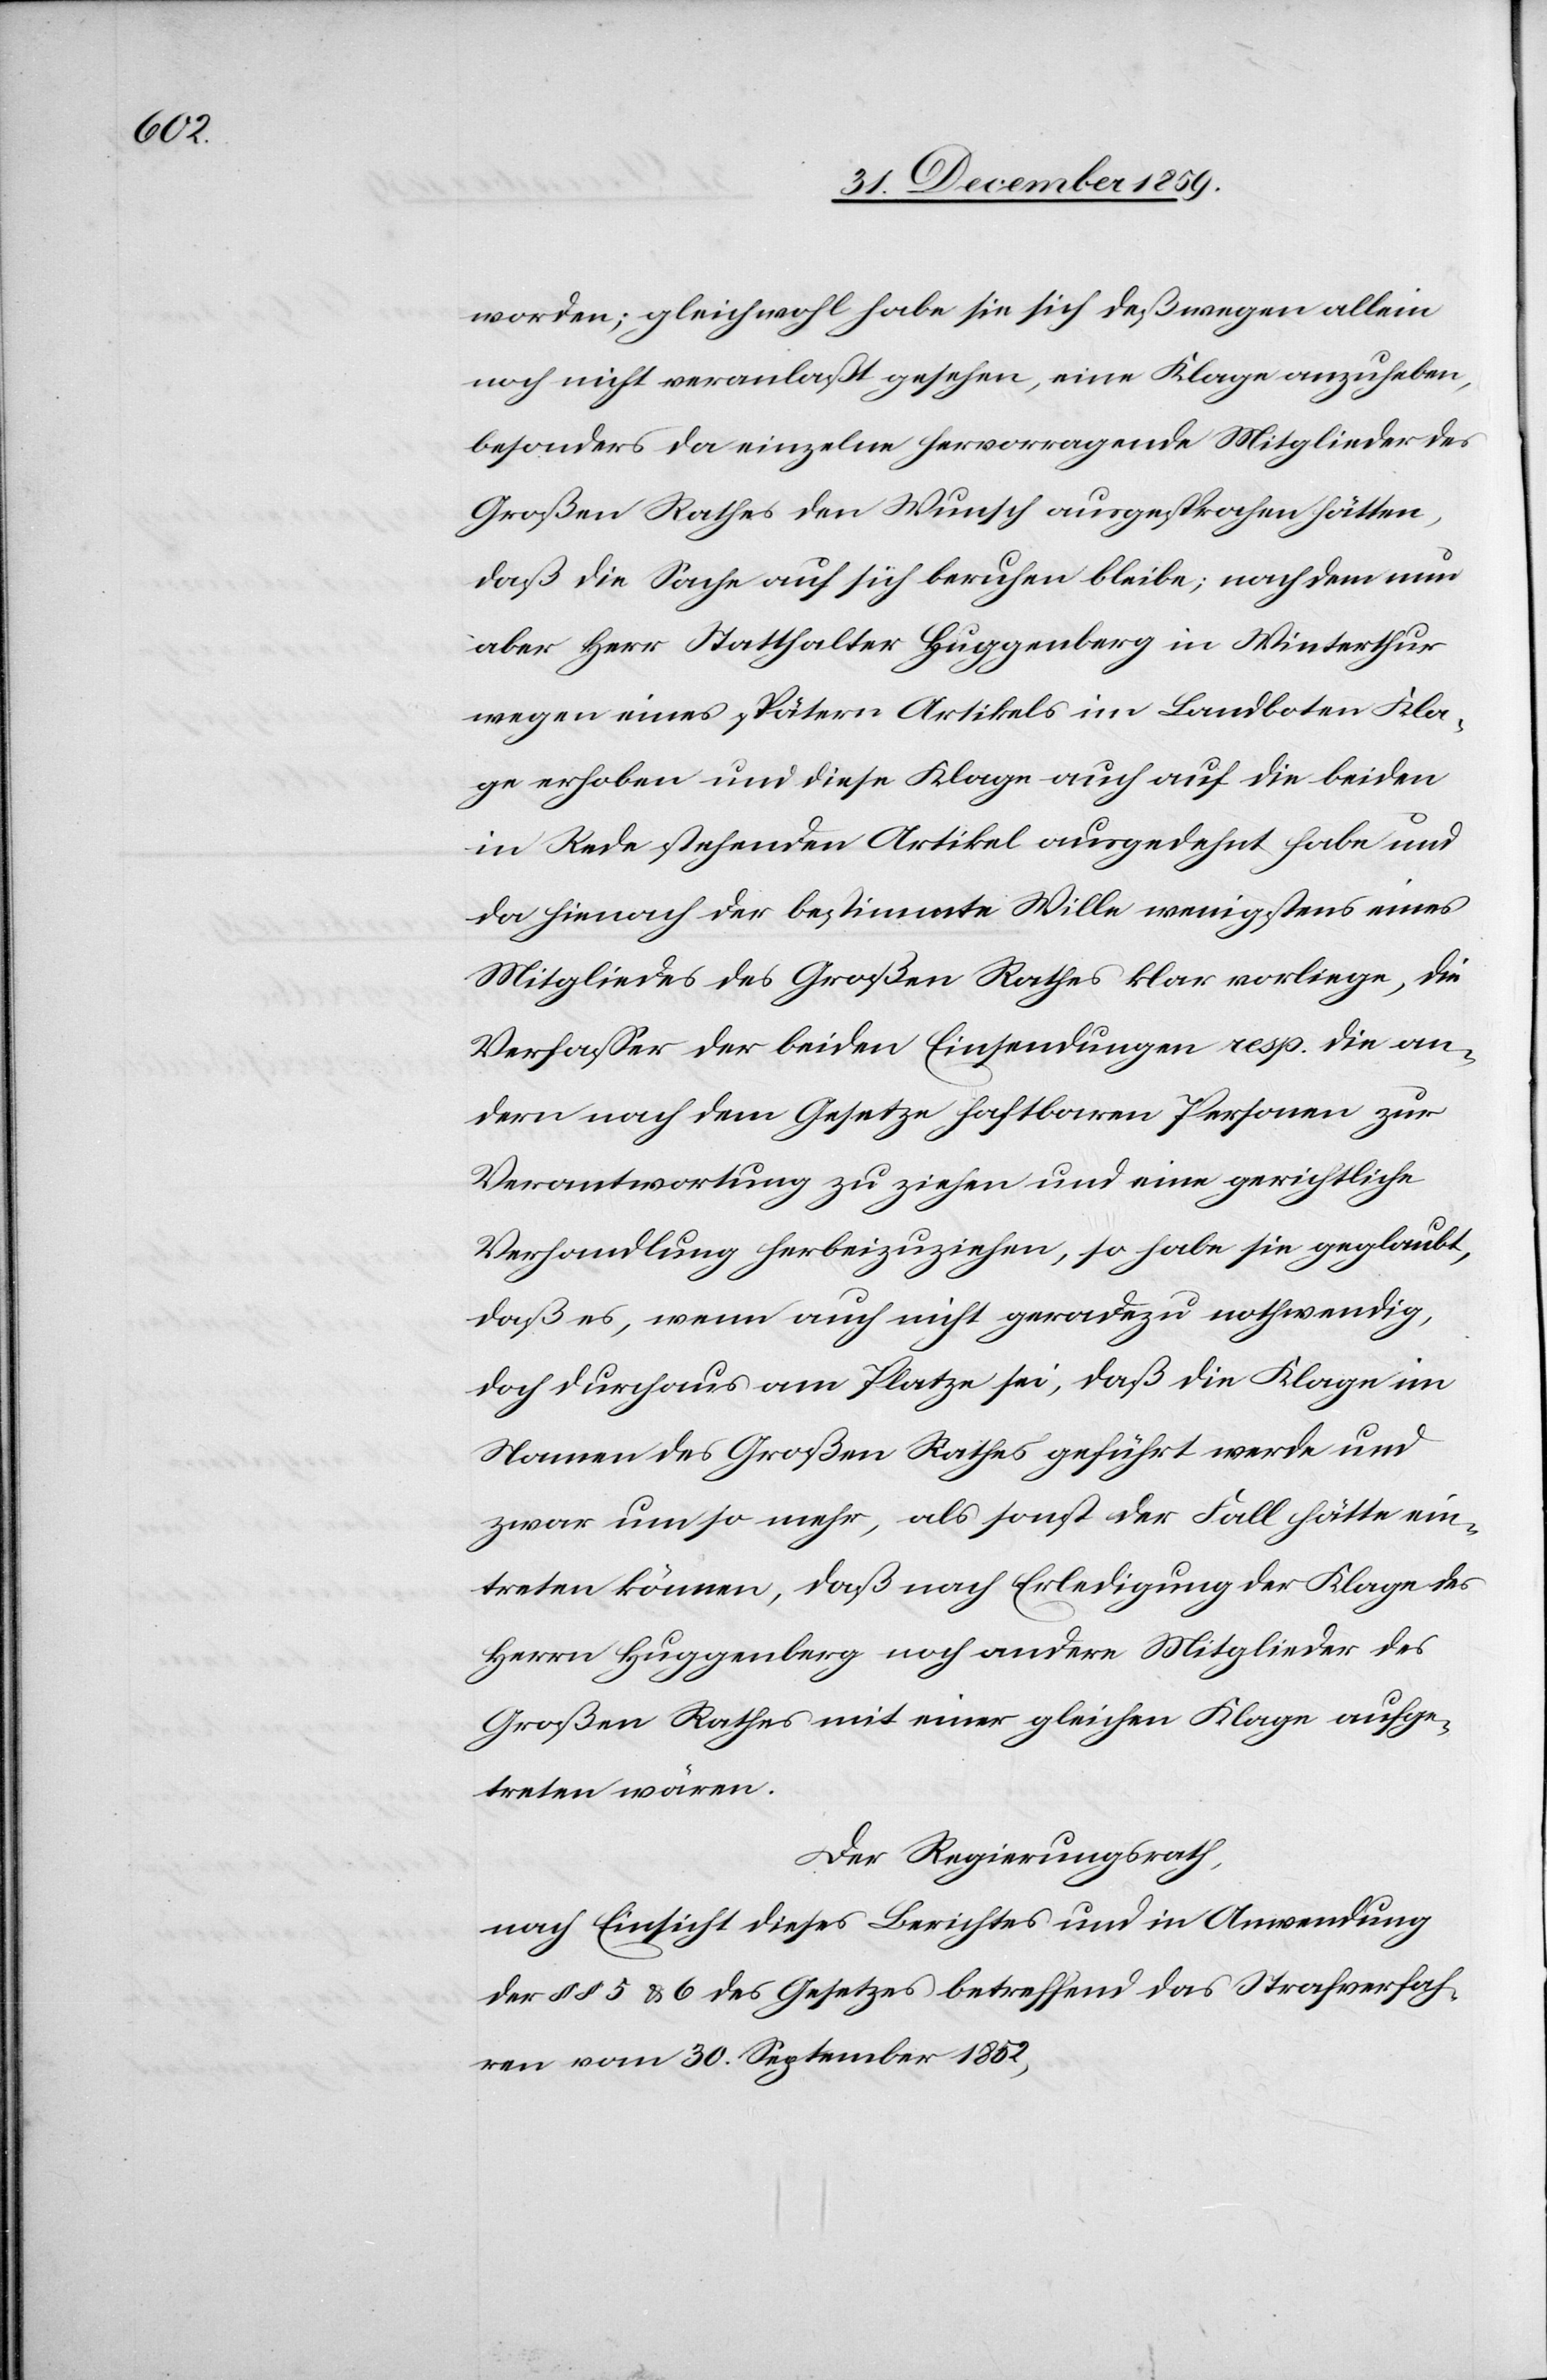
worden; gleichwohl habe sie sich deßwegen allein
noch nicht veranlaßt gesehen, eine Klage anzuheben,
besonders da einzelne hervorragende Mitglieder des
Großen Rathes den Wunsch ausgesprochen hätten,
daß die Sache auf sich beruhen bleibe; nachdem nun
aber Herr Statthalter Huggenberg in Winterthur
wegen eines spätern Artikels im Landboten Kla¬
ge erhoben und diese Klage auch auf die beiden
in Rede stehenden Artikel ausgedehnt habe und
da hienach der bestimmte Wille wenigstens eines
Mitgliedes des Großen Rathes klar vorliege, die
Verfasser der beiden Einsendungen resp. die an¬
dern nach dem Gesetze haftbaren Personen zur
Verantwortung zu ziehen und eine gerichtliche
Verhandlung herbeizuziehen, so habe sie geglaubt,
daß es, wenn auch nicht geradezu nothwendig,
doch durchaus am Platze sei, daß die Klage im
Namen des Großen Rathes geführt werde und
zwar um so mehr, als sonst der Fall hätte ein¬
treten können, daß nach Erledigung der Klage des
Herrn Huggenberg noch andere Mitglieder des
Großen Rathes mit einer gleichen Klage aufge¬
treten wären.
Der Regierungsrath,
nach Einsicht dieses Berichtes und in Anwendung
der §§ 5 & 6 des Gesetzes betreffen das Strafverfah¬
ren vom 30. September 1852,